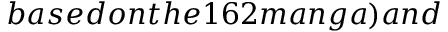
b a s e d o n t h e 1 6 2 m a n g a ) a n d